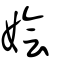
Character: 嬒